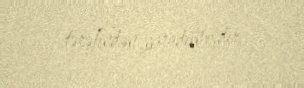
tərəfindən yaradılmışdır.